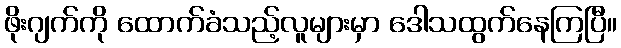
ဖိုးဂျက်ကို ထောက်ခံသည့်လူများမှာ ဒေါသထွက်နေကြပြီ။